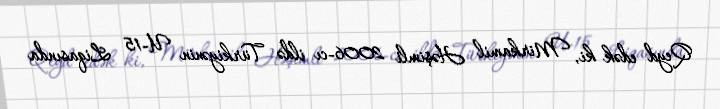
Qeyd edək ki, Mirkamil Həşimli 2006-cı ildə Türkiyənin U-15 Liqasında